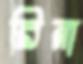
রিনা